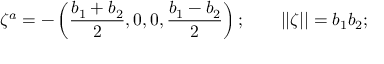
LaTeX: \zeta ^ { a } = - \left( { \frac { b _ { 1 } + b _ { 2 } } { 2 } } , 0 , 0 , { \frac { b _ { 1 } - b _ { 2 } } { 2 } } \right) ; \qquad | | \zeta | | = b _ { 1 } b _ { 2 } ;